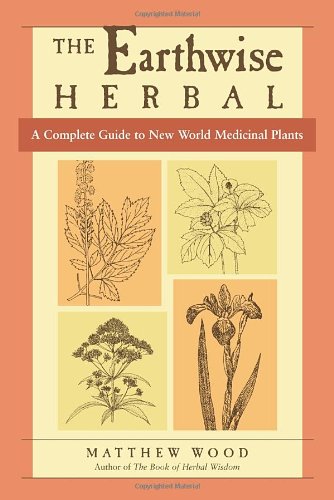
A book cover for The Earthwise Herbal: A Complete Guide to New World Medicinal Plants; Matthew Wood; Health, Fitness & Dieting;